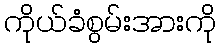
ကိုယ်ခံစွမ်းအားကို